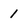
Character: 1